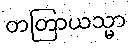
တတြာယသ္မာ